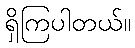
ရှိကြပါတယ်။